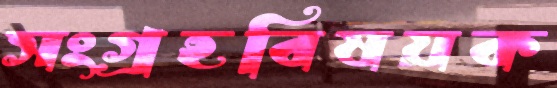
সংগ্রহবিষয়ক